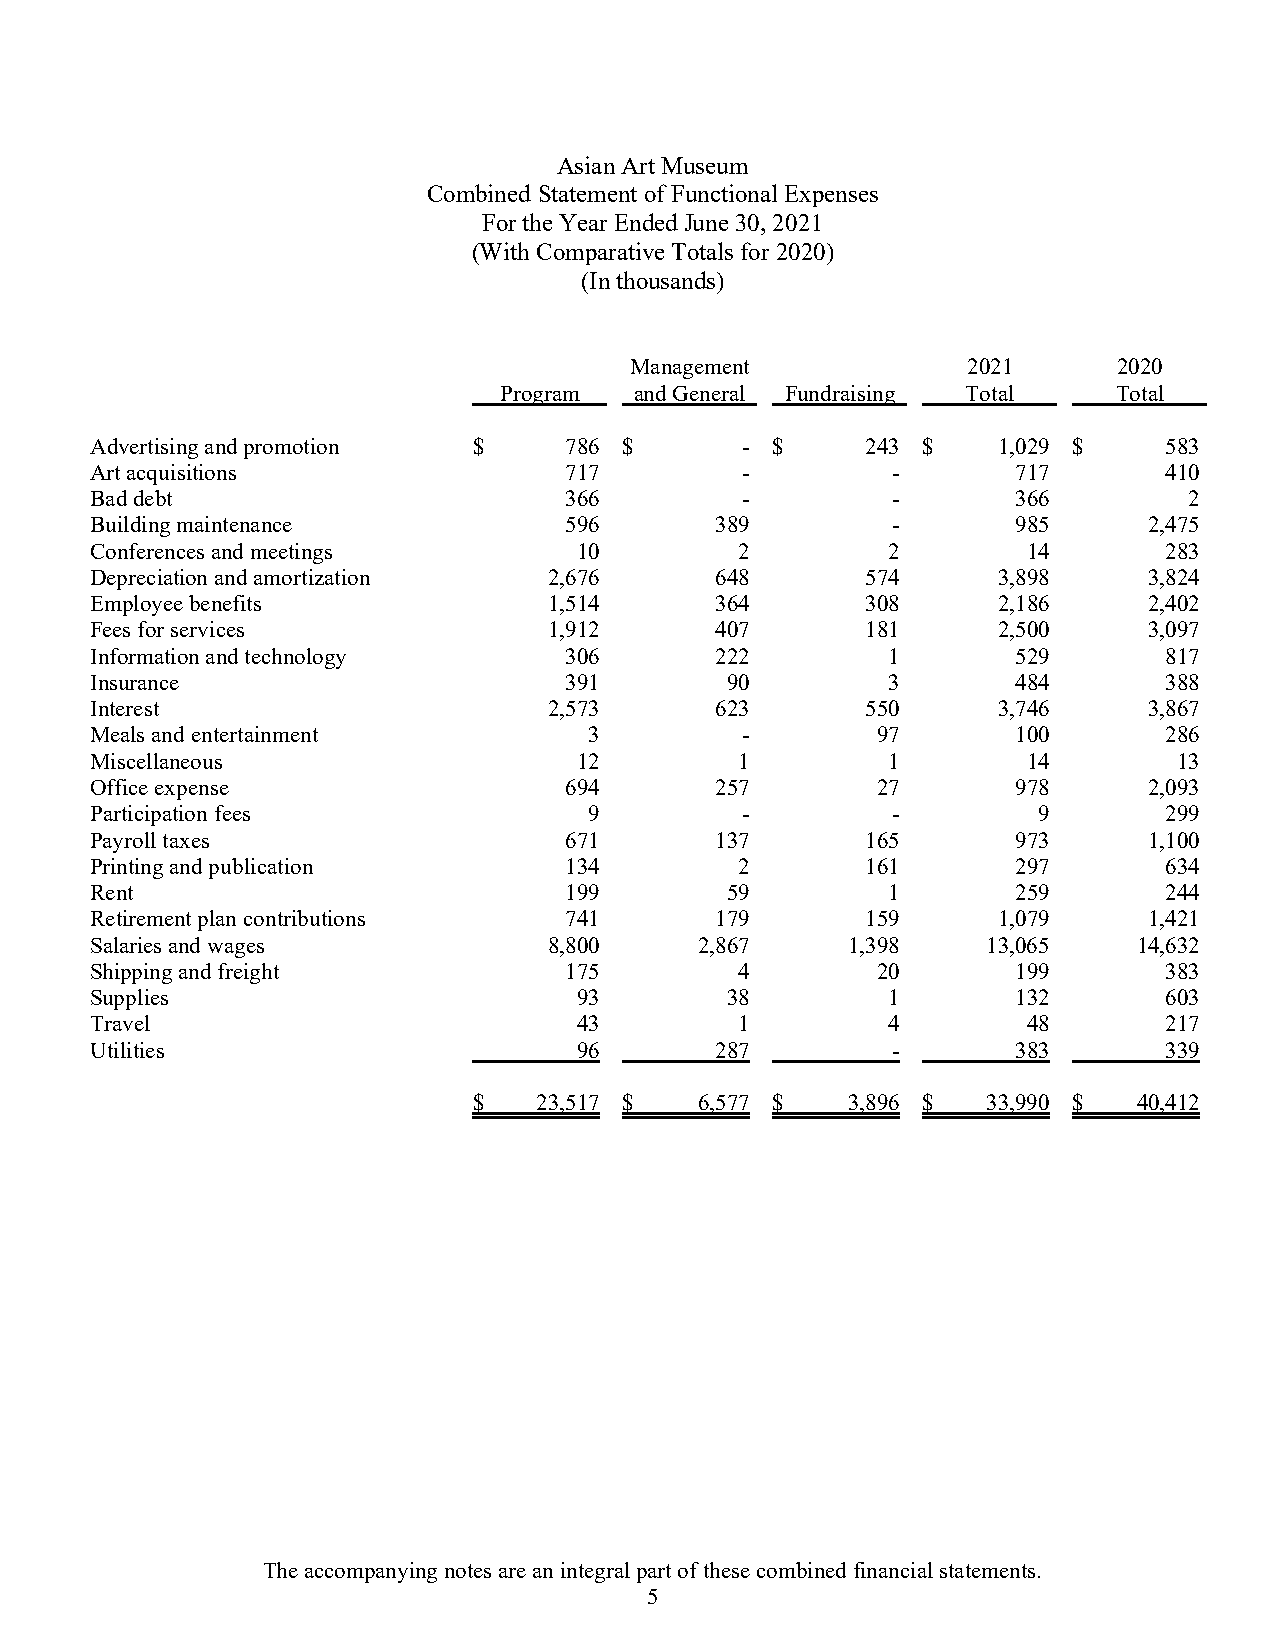
Asian Art Museum
 Combined Statement of Functional Expenses
 For the Year Ended June 30, 2021
 (With Comparative Totals for 2020)
 (In thousands)
 Management            2021      2020
 Program  and General Fundraising Total   Total
 Advertising and promotion $    786 $       - $     243 $    1,029 $    583
 Art acquisitions               717         -         -       717       410
 Bad debt                       366         -         -       366         2
 Building maintenance           596       389         -       985      2,475
 Conferences and meetings        10         2         2        14       283
 Depreciation and amortization 2,676      648       574      3,898     3,824
 Employee benefits             1,514      364       308      2,186     2,402
 Fees for services             1,912      407       181      2,500     3,097
 Information and technology     306       222         1       529       817
 Insurance                      391        90         3       484       388
 Interest                      2,573      623       550      3,746     3,867
 Meals and entertainment          3         -        97       100       286
 Miscellaneous                   12         1         1        14        13
 Office expense                 694       257        27       978      2,093
 Participation fees               9         -         -         9       299
 Payroll taxes                  671       137       165       973      1,100
 Printing and publication       134         2       161       297       634
 Rent                           199        59         1       259       244
 Retirement plan contributions  741       179       159      1,079     1,421
 Salaries and wages            8,800     2,867     1,398    13,065    14,632
 Shipping and freight           175         4        20       199       383
 Supplies                        93        38         1       132       603
 Travel                          43         1         4        48       217
 Utilities                       96       287         -       383       339
 $    23,517 $  6,577 $   3,896 $  33,990 $  40,412
 The accompanying notes are an integral part of these combined financial statements.
 5